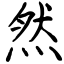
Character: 然